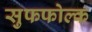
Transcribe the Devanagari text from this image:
सुफफोल्क